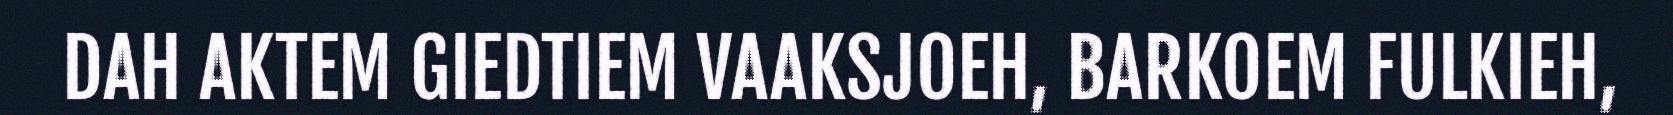
DAH AKTEM GIEDTIEM VAAKSJOEH, BARKOEM FULKIEH,